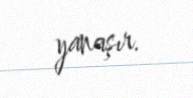
yanaşır.